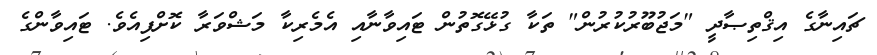
ޗައިނާގެ އިޤްތިޞާދީ "މަޖުބޫރުކުރުން" ތަކާ ގުޅޭގޮތުން ޓައިވާނާއި އެމެރިކާ މަޝްވަރާ ކޮށްފިއެވެ. ޓައިވާންގެ